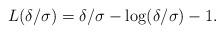
LaTeX: \begin{align*} L(\delta/\sigma)=\delta/\sigma-\log(\delta/\sigma)-1.\end{align*}